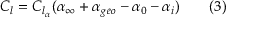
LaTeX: C _ { l } = C _ { l _ { \alpha } } ( \alpha _ { \infty } + \alpha _ { g e o } - \alpha _ { 0 } - \alpha _ { i } ) \qquad ( 3 )